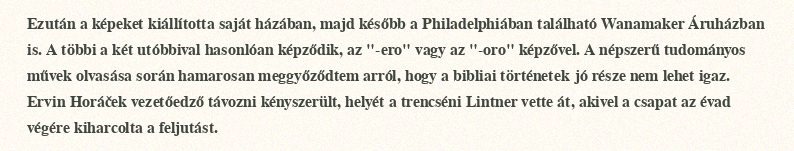
Ezután a képeket kiállította saját házában, majd később a Philadelphiában található Wanamaker Áruházban is. A többi a két utóbbival hasonlóan képződik, az "-ero" vagy az "-oro" képzővel. A népszerű tudományos művek olvasása során hamarosan meggyőződtem arról, hogy a bibliai történetek jó része nem lehet igaz. Ervin Horáček vezetőedző távozni kényszerült, helyét a trencséni Lintner vette át, akivel a csapat az évad végére kiharcolta a feljutást.